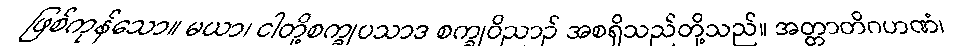
ဖြစ်ကုန်သော။ မယာ၊ ငါတို့စက္ခုပသာဒ စက္ခုဝိညာဉ် အစရှိသည်တို့သည်။ အတ္တာတိဂဟဏံ၊